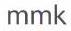
mmk